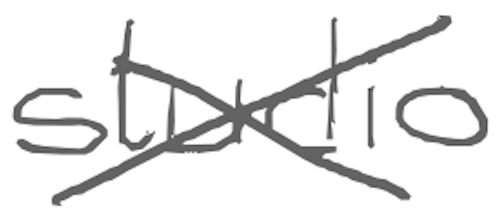
Text: studio
Cross-out: cross
Writing tool: digital_gray